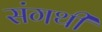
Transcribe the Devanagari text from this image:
संगथी